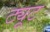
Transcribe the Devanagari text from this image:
ट्यूट